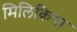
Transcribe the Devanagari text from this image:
मिलिकिया